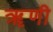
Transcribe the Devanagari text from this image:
ॠणी